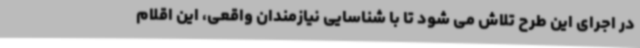
در اجرای این طرح تلاش می شود تا با شناسایی نیازمندان واقعی، این اقلام